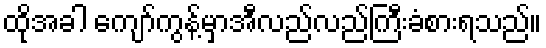
ထိုအခါ ကျော်ကွန့်မှာအီလည်လည်ကြီးခံစားရသည်။